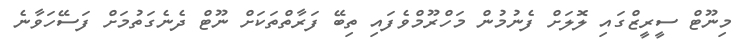
މިނޫޓް ސީރީޒްގައި ލޮލަށް ފެނުމުން މަހްރޫމްވެފައި ތިބޭ ފަރާތްތަކަށް ނޫޓް ދެނެގަތުމަށް ފަސޭހަވާނެ